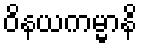
ဝိနယကမ္မာနိ